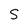
Character: S